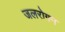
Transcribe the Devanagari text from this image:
जलरोगन